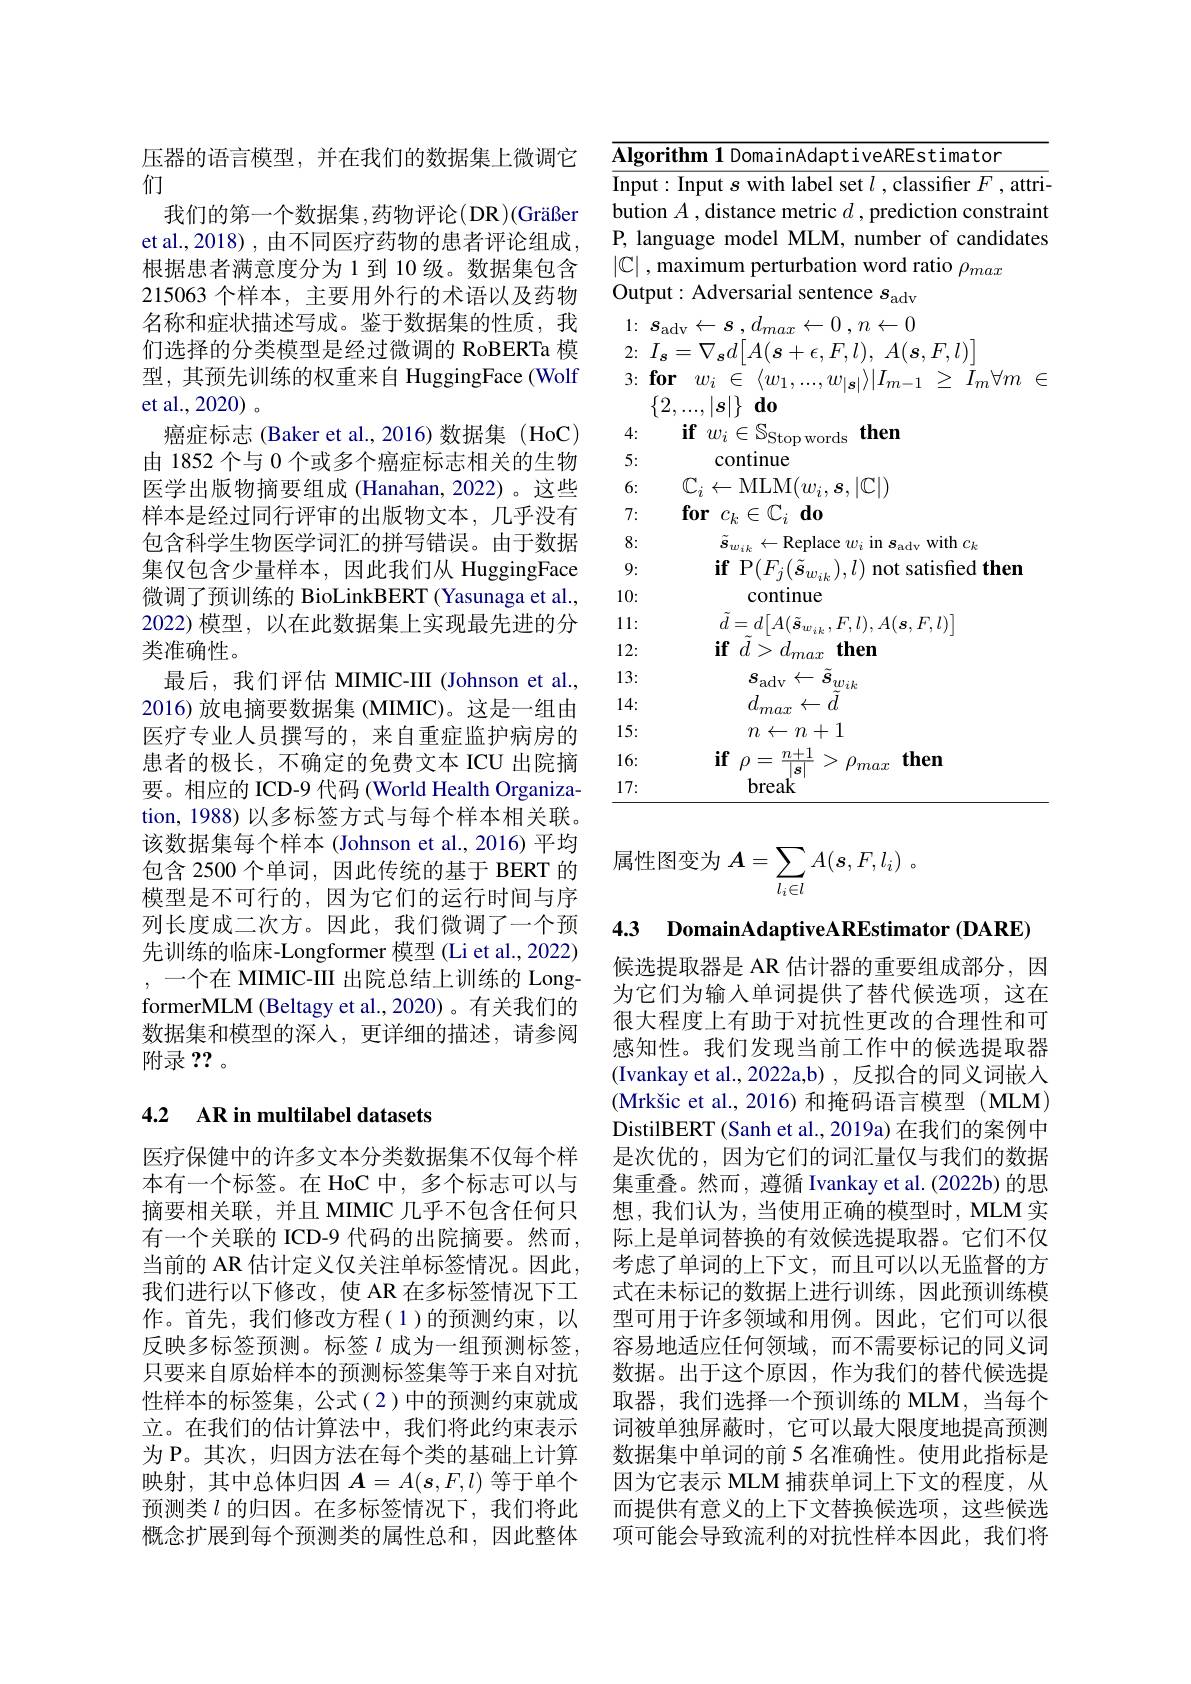
压器的语言模型，并在我们的数据集上微调它
们
我们的第一个数据集，药物评论(DR)(Gräßer et al., 2018) , 由不同医疗药物的患者评论组成， 根据患者满意度分为 1 到 10 级。数据集包含215063 个样本，主要用外行的术语以及药物名称和症状描述写成。鉴于数据集的性质，我们选择的分类模型是经过微调的 RoBERTa 模型，其预先训练的权重来自 HuggingFace (Wolf et al.,2020)。
癌症标志 (Baker et al.,2016)数据集 (HoC) 由 1852 个与 0 个或多个癌症标志相关的生物医学出版物摘要组成 (Hanahan,2022)。这些样本是经过同行评审的出版物文本，几乎没有包含科学生物医学词汇的拼写错误。由于数据集仅包含少量样本，因此我们从 HuggingFace 微调了预训练的 BioLinkBERT (Yasunaga et al., 2022)模型，以在此数据集上实现最先进的分类准确性。
最后，我们评估 MIMIC-III (Johnson et al., 2016) 放电摘要数据集 (MIMIC)。这是一组由医疗专业人员撰写的，来自重症监护病房的患者的极长，不确定的免费文本 ICU 出院摘要。相应的 ICD-9 代码 (World Health Organization, 1988) 以多标签方式与每个样本相关联。该数据集每个样本 (Johnson et al., 2016) 平均包含 2500 个单词，因此传统的基于 BERT 的模型是不可行的，因为它们的运行时间与序列长度成二次方。因此，我们微调了一个预先训练的临床-Longformer 模型 (Li et al., 2022) ,一个在 MIMIC-III 出院总结上训练的 LongformerMLM (Beltagy et al.,2020) 。有关我们的数据集和模型的深入，更详细的描述，请参阅附录？? 。

## 4.2 AR in multilabel datasets

医疗保健中的许多文本分类数据集不仅每个样本有一个标签。在 HoC 中，多个标志可以与摘要相关联，并且 MIMIC 几乎不包含任何只有一个关联的 ICD-9 代码的出院摘要。然而， 当前的 AR 估计定义仅关注单标签情况。因此， 我们进行以下修改，使 AR 在多标签情况下工作。首先，我们修改方程(1)的预测约束，以反映多标签预测。标签$l$成为一组预测标签， 只要来自原始样本的预测标签集等于来自对抗性样本的标签集，公式(2)中的预测约束就成立。在我们的估计算法中，我们将此约束表示为 P。其次，归因方法在每个类的基础上计算映射，其中总体归因$A=A(\boldsymbol{s},F,l)$等于单个预测类$l$的归因。在多标签情况下，我们将此概念扩展到每个预测类的属性总和，因此整体

<table>
	<tbody>
		<tr>
			<td>rithm 1 DomainAdaptiveAREstimator</td>
		</tr>
		<tr>
			<td>$\textbf{if}$P$(F_{j}(\tilde{\boldsymbol{s}}_{w_{ik}}),l)$ not satisfied then</td>
		</tr>
		<tr>
			<td>continue</td>
		</tr>
		<tr>
			<td>$\tilde{d}=d\bigl[A(\tilde{\boldsymbol{s}}_{w_{ik}},F,l),A(\boldsymbol{s},F,l)\bigr]$</td>
		</tr>
		<tr>
			<td>$\textbf{if}\tilde{d} > d_{max}$ then</td>
		</tr>
		<tr>
			<td>$s_{\mathrm{adv}}\leftarrow\tilde{\boldsymbol{s}}_{\mathrm{u}}$ $w_{ik}$</td>
		</tr>
		<tr>
			<td>$d_{max}$ $\leftarrow d$</td>
		</tr>
		<tr>
			<td>$n\leftarrow n+1$</td>
		</tr>
		<tr>
			<td>$\textbf{if}_{\rho}=$ $\underline{n+1}$ then $\rho_{max}$</td>
		</tr>
		<tr>
			<td>break</td>
		</tr>
	</tbody>
</table>

属性图变为$\boldsymbol{A}=\sum_l_i\in lA(s,F,l_i)\:.$

4.3 DomainAdaptiveAREstimator (DARE)

候选提取器是 AR 估计器的重要组成部分，因为它们为输入单词提供了替代候选项，这在很大程度上有助于对抗性更改的合理性和可感知性。我们发现当前工作中的候选提取器(Ivankay et al.,2022a,b) , 反拟合的同义词嵌入(Mrkšic et al., 2016) 和掩码语言模型(MLM) DistilBERT (Sanh et al., 2019a) 在我们的案例中是次优的，因为它们的词汇量仅与我们的数据集重叠。然而，遵循 Ivankay et al. (2022b) 的思想，我们认为，当使用正确的模型时，MLM实际上是单词替换的有效候选提取器。它们不仅考虑了单词的上下文，而且可以以无监督的方式在未标记的数据上进行训练，因此预训练模型可用于许多领域和用例。因此，它们可以很容易地适应任何领域，而不需要标记的同义词数据。出于这个原因，作为我们的替代候选提取器，我们选择一个预训练的 MLM, 当每个词被单独屏蔽时，它可以最大限度地提高预测数据集中单词的前 5 名准确性。使用此指标是因为它表示 MLM 捕获单词上下文的程度，从而提供有意义的上下文替换候选项，这些候选项可能会导致流利的对抗性样本因此，我们将